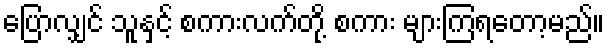
ပြောလျှင် သူနှင့် စကားလက်တို့ စကား များကြရတော့မည်။